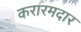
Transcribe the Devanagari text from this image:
करारमदार